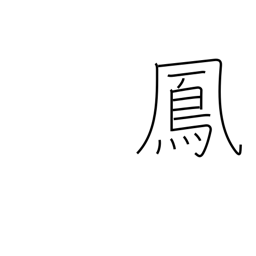
Meaning: male mythical bird